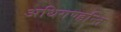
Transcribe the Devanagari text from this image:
अधिगण्हन्ति